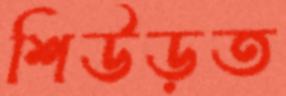
শিউড়ত